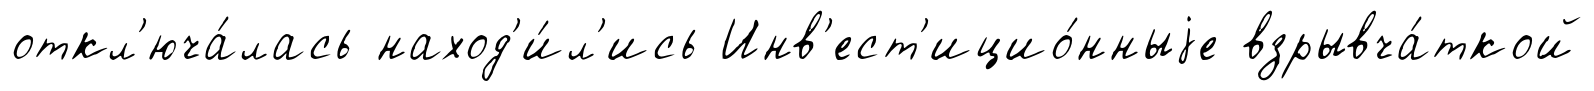
откл'юча́лась наход'и́л'ись Инв'ест'ицио́нныjе взрывча́ткой